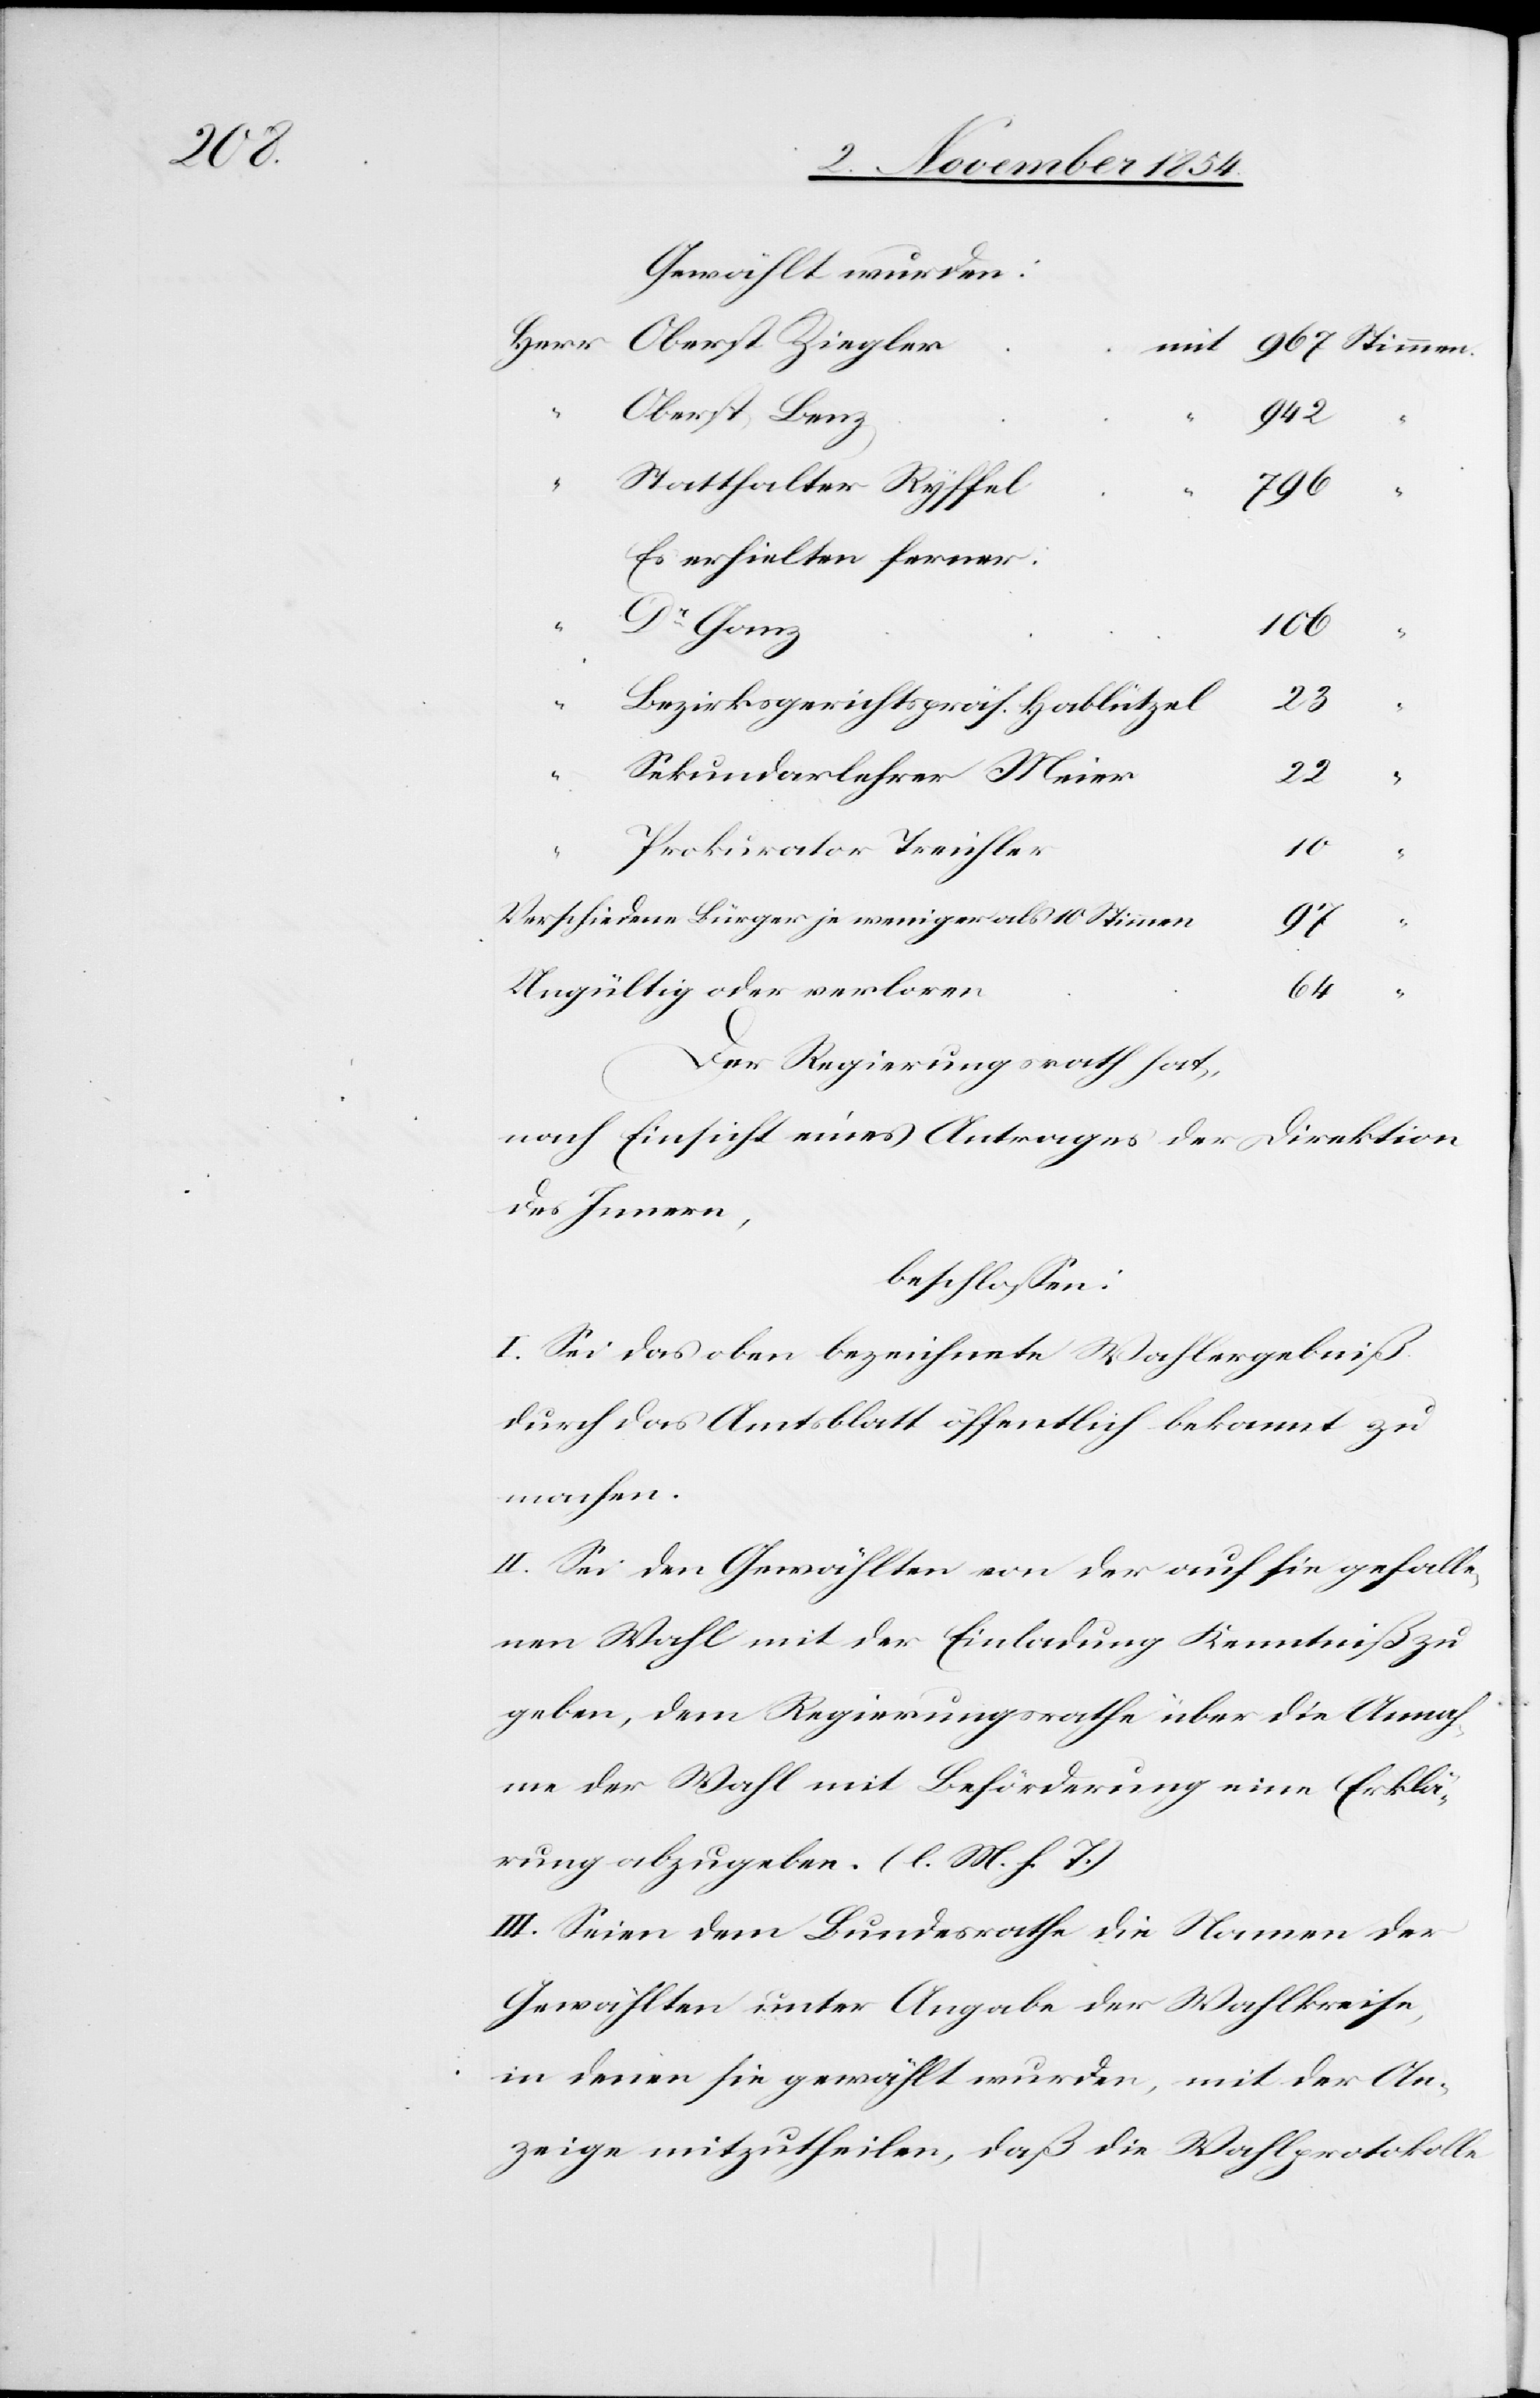
Gewählt wurden:
Oberst Benz
942
“
Statthalter Ryffel
10
Es erhielten ferner:
Dr Ganz
106
“
23
Bezirksgerichtspräs. Hablützel
Sekundarlehrer Meier
22
“
“
Prokurator Treichler
Verschiedene Bürger weniger als 10 Stimmen
97
Ungültig oder verloren
64
Der Regierungsrath hat,
nach Einsicht eines Antrages der Direktion
des Innern,
beschloßen:
I. Sei das oben bezeichnete Wahlergebniß
durch das Amtsblatt öffentlich bekannt zu
machen.
II. Sei den Gewählten von der auf sie gefalle¬
nen Wahl mit der Einladung Kenntniß zu
geben, dem Regierungsrathe über die Annah¬
me der Wahl mit Beförderung eine Erklä¬
rung abzugeben. (l. M. h. T.)
III. Seien dem Bundesrathe die Namen der
Gewählten unter Angabe der Wahlkreise,
in denen sie gewählt wurden, mit der An¬
zeige mitzutheilen, daß die Wahlprotokolle